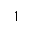
1